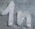
Text: 1n